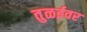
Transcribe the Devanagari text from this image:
तुळईवर